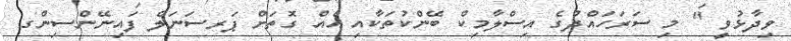
ވިދާޅުވީ " މި ސަރަހައްދުގެ އިސްލާމިކް ބޭންކުތަކާއި އެއް ގޮތަށް ޕަރސަނަލް ފައިނޭންސިންގ